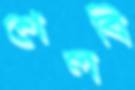
শেলবি